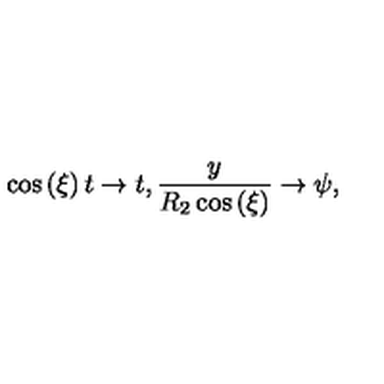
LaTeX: \cos \left( \xi \right) t \to t , \frac { y } { R _ { 2 } \cos \left( \xi \right) } \to \psi ,